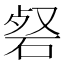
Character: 𮀜